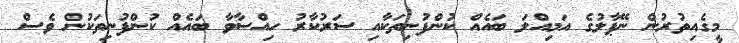
މީގެއިތުރުން ނޭޕާލުގެ އަމިއްލަ ބައެއް ކުންފުނިތަކާއި ސަރުކާރު ހިއްސާވާ ބައެއް ކުންފުނިތަކުން ވެސް